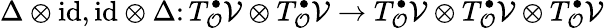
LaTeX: \Delta\otimes\mathrm{id},\mathrm{id}\otimes\Delta\colon T_{\mathcal{O}}^{\bullet}\mathcal{V}\otimes T_{\mathcal{O}}^{\bullet}\mathcal{V}\rightarrow T_{\mathcal{O}}^{\bullet}\mathcal{V}\otimes T_{\mathcal{O}}^{\bullet}\mathcal{V}\otimes T_{\mathcal{O}}^{\bullet}\mathcal{V}